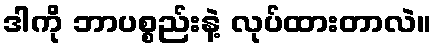
ဒါကို ဘာပစ္စည်းနဲ့ လုပ်ထားတာလဲ။